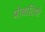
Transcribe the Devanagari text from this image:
प्रोबाटियो